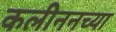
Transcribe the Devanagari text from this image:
कलीननच्या